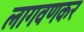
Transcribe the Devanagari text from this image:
लागवणकर